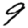
Digit: 9